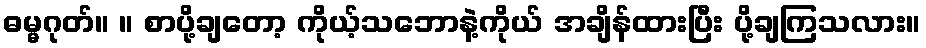
ဓမ္မဂုတ်။ ။ စာပို့ချတော့ ကိုယ့်သဘောနဲ့ကိုယ် အချိန်ထားပြီး ပို့ချကြသလား။